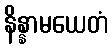
နိန္နာမယေတံ